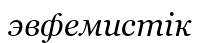
эвфемистік